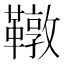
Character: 䪃